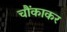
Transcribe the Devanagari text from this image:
चौंकाकर